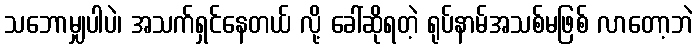
သဘောမျှပါပဲ၊ အသက်ရှင်နေတယ် လို့ ခေါ်ဆိုရတဲ့ ရုပ်နာမ်အသစ်မဖြစ် လာတော့ဘဲ